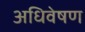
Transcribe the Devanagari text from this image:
अधिवेषण